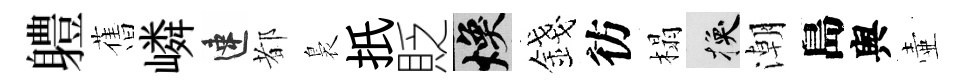
軆𦾔嶙速都裊扺貶焕錢彷榻换潮島舆壷